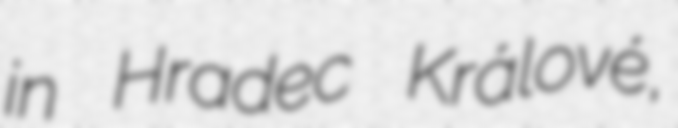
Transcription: in Hradec Králové,